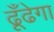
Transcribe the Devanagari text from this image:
ढूँढेगा